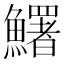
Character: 鱰